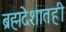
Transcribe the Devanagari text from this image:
ब्रह्मदेशातही